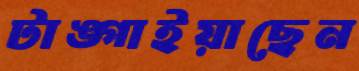
টাঙ্গাইয়াছেন